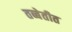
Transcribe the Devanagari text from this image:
तब्बेतीत